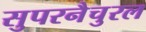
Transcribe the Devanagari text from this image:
सुपरनैचुरल